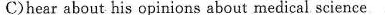
C)hear about his opinions about medical science